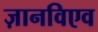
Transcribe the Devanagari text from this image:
ज़ानविएव